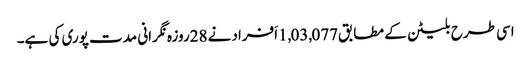
اسی طرح بلیٹن کے مطابق1,03,077اَفرادنے 28روزہ نگرانی مدت پوری کی ہے۔